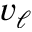
v _ { \ell }